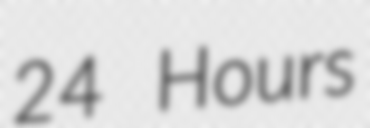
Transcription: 24 Hours